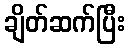
ချိတ်ဆက်ပြီး